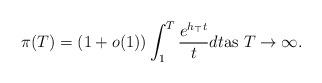
LaTeX: \begin{align*}\pi(T)=(1+o(1))\int_{1}^{T}\frac{e^{h_{\top}t}}{t}dt\mbox{as $T\to\infty$.}\end{align*}